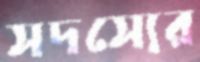
সদস্যের